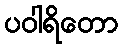
ပဝါရိတော